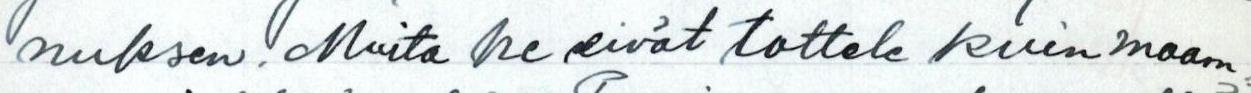
nuksen. Muita he eivät tottele kuin maam=